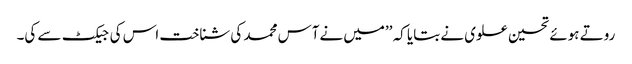
روتے ہوئے تحسین علوی نے بتایا کہ ’’میں نےآس محمد کی شناخت اس کی جیکٹ سے کی۔